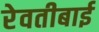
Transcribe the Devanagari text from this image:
रेवतीबाई